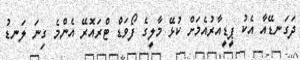
ދަގަނޑޭއާ އެކު ޕީޑީއާރުއެމަށް ކުޅޭ މާލީގެ ފޯވަޑް ޓްރައޮރޭ އެންމެ ގިނަ ލަނޑު